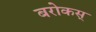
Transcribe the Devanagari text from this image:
बरोकस्